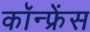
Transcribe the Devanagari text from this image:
कॉन्‍फ्रेंस